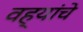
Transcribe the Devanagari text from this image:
वह्यांचे